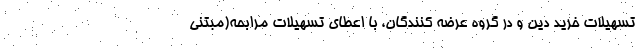
تسهیلات خرید دین و در گروه عرضه کنندگان، با اعطای تسهیلات مرابحه(مبتنی